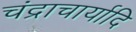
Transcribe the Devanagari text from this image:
चंद्राचार्यादि